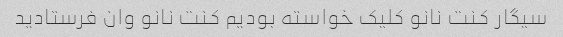
سیگار کنت نانو کلیک خواسته بودیم کنت نانو وان فرستادید